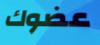
عضوك